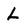
Character: L